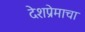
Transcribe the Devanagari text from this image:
देशप्रेमाचा